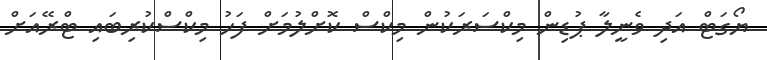
ޔޯގަޓް އަދި ވެނީލާ ޕުޑިން މިކްސަރަކުން މިކްސް ކޮށްލުމަށް ފަހު މިކްސްކުރިބައި ޓްރޭއަށް